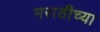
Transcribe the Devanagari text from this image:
मराठीच्‍या